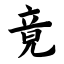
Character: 竟